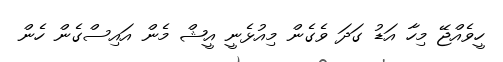
ހީވެއްޖޭ މިހާ އަޑު ގަދަ ވެގެން މިއުޅެނީ އީޝް މެން އައިސްގެން ހެން